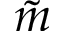
\tilde { m }